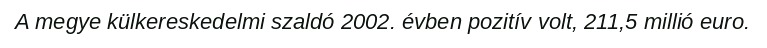
A megye külkereskedelmi szaldó 2002. évben pozitív volt, 211,5 millió euro.